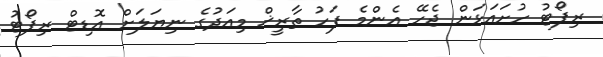
ރިޕޯޓު ހުށައަޅަން ޖެހޭ އެންމެ ފަހު ތާރީޚް މިއަދުގެ ނިޔަލަށް އޮޑިޓް ރިޕޯޓު